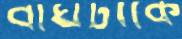
বাঘটাকে